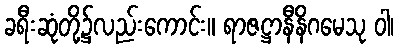
ခရီးဆုံတို့၌လည်းကောင်း။ ရာဇဋ္ဌာနီနိဂမေသု ဝါ၊